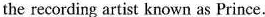
the recording artist known as Prince.